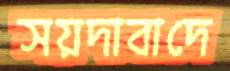
সয়দাবাদে